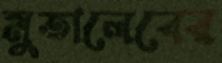
মুতালেবের